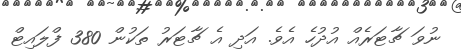
ނުވަ ޗާޓަރެއް އުދުހެ އެވެ. އަދި އެ ޗާޓަރު ތަކުން 380 ފްލައިޓް